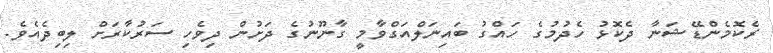
ރެކޮމެންޑޭޝަނާ ދެކޮޅު ހެދުމުގެ ހައްގު ބައިނަލްއަގްވާމީ ގާނޫނުގެ ދަށުން ދިވެހި ސަރުކާރަށް ލިބިދެއެވެ.